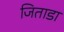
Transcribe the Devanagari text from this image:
जिताडा